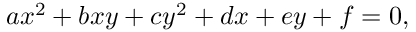
a x ^ { 2 } + b x y + c y ^ { 2 } + d x + e y + f = 0 ,